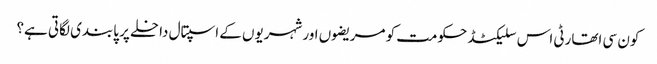
کون سی اتھارٹی اس سلیکٹڈ حکومت کو مریضوں اور شہریوں کے اسپتال داخلے پر پابندی لگاتی ہے؟